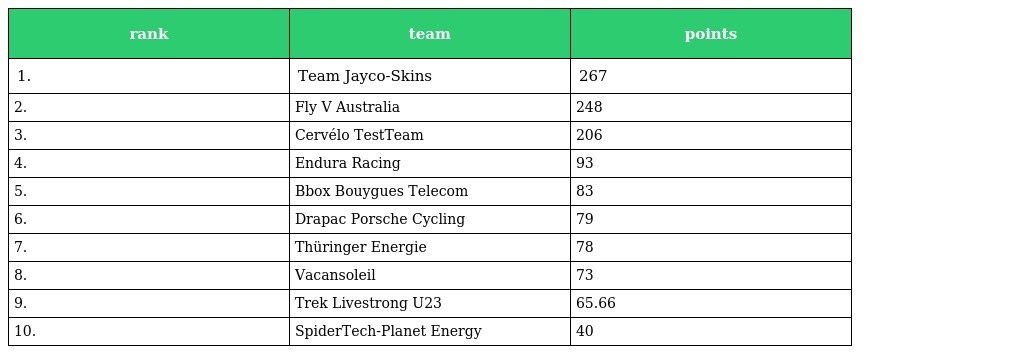
| rank | team | points |
 | --- | --- | --- |
 | 1. | Team Jayco-Skins | 267 |
 | 2. | Fly V Australia | 248 |
 | 3. | Cervélo TestTeam | 206 |
 | 4. | Endura Racing | 93 |
 | 5. | Bbox Bouygues Telecom | 83 |
 | 6. | Drapac Porsche Cycling | 79 |
 | 7. | Thüringer Energie | 78 |
 | 8. | Vacansoleil | 73 |
 | 9. | Trek Livestrong U23 | 65.66 |
 | 10. | SpiderTech-Planet Energy | 40 |